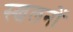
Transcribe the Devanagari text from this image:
स्खलनों